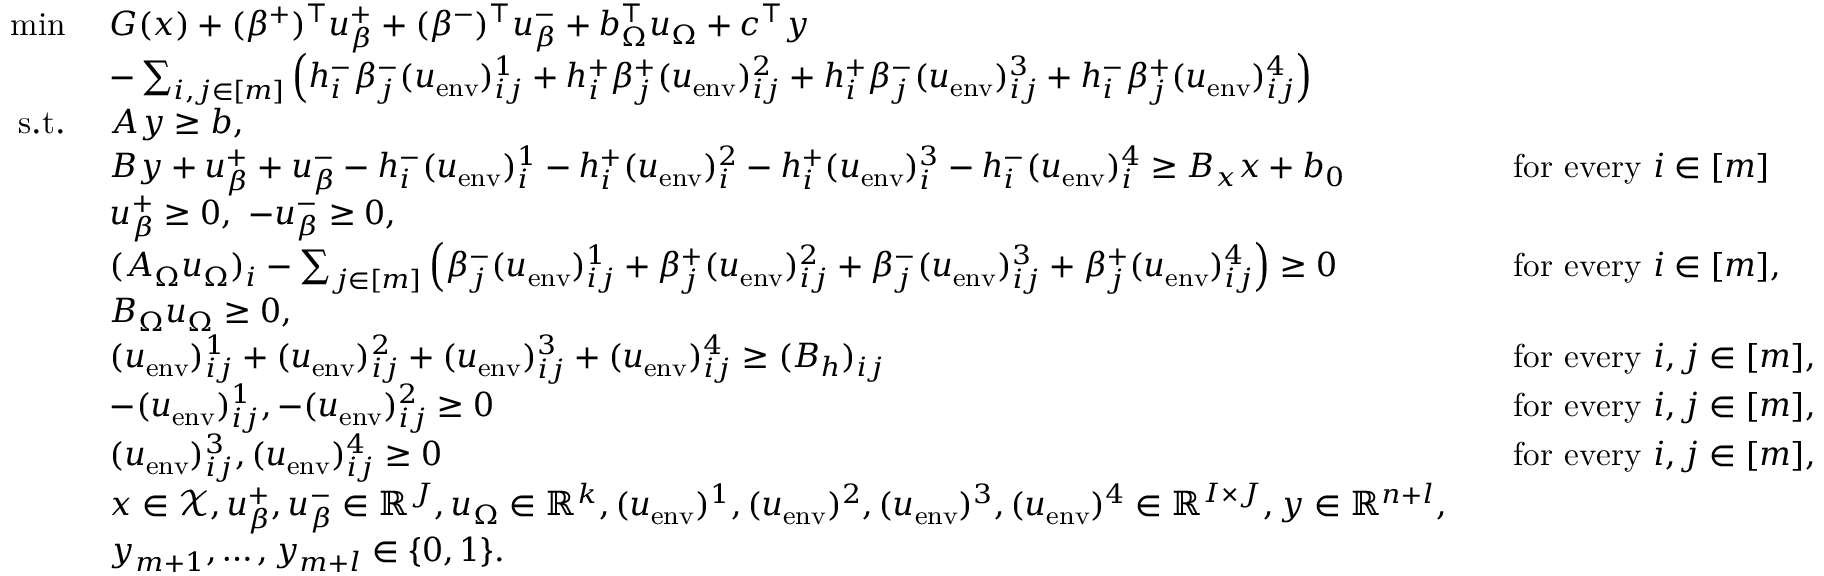
\begin{array} { r l r l } { \operatorname* { m i n } \ } & { G ( x ) + ( \beta ^ { + } ) ^ { \top } u _ { \beta } ^ { + } + ( \beta ^ { - } ) ^ { \top } u _ { \beta } ^ { - } + b _ { \Omega } ^ { \top } u _ { \Omega } + c ^ { \top } y } \\ & { - \sum _ { i , j \in [ m ] } \left( h _ { i } ^ { - } \beta _ { j } ^ { - } ( u _ { \mathrm { e n v } } ) _ { i j } ^ { 1 } + h _ { i } ^ { + } \beta _ { j } ^ { + } ( u _ { \mathrm { e n v } } ) _ { i j } ^ { 2 } + h _ { i } ^ { + } \beta _ { j } ^ { - } ( u _ { \mathrm { e n v } } ) _ { i j } ^ { 3 } + h _ { i } ^ { - } \beta _ { j } ^ { + } ( u _ { \mathrm { e n v } } ) _ { i j } ^ { 4 } \right) } \\ { \mathrm { s . t . } \ } & { A y \geq b , } \\ & { B y + u _ { \beta } ^ { + } + u _ { \beta } ^ { - } - h _ { i } ^ { - } ( u _ { \mathrm { e n v } } ) _ { i } ^ { 1 } - h _ { i } ^ { + } ( u _ { \mathrm { e n v } } ) _ { i } ^ { 2 } - h _ { i } ^ { + } ( u _ { \mathrm { e n v } } ) _ { i } ^ { 3 } - h _ { i } ^ { - } ( u _ { \mathrm { e n v } } ) _ { i } ^ { 4 } \geq B _ { x } x + b _ { 0 } } & & { \mathrm { f o r ~ e v e r y ~ } i \in [ m ] } \\ & { u _ { \beta } ^ { + } \geq 0 , \ - u _ { \beta } ^ { - } \geq 0 , } \\ & { ( A _ { \Omega } u _ { \Omega } ) _ { i } - \sum _ { j \in [ m ] } \left( \beta _ { j } ^ { - } ( u _ { \mathrm { e n v } } ) _ { i j } ^ { 1 } + \beta _ { j } ^ { + } ( u _ { \mathrm { e n v } } ) _ { i j } ^ { 2 } + \beta _ { j } ^ { - } ( u _ { \mathrm { e n v } } ) _ { i j } ^ { 3 } + \beta _ { j } ^ { + } ( u _ { \mathrm { e n v } } ) _ { i j } ^ { 4 } \right) \geq 0 } & & { \mathrm { f o r ~ e v e r y ~ } i \in [ m ] , } \\ & { B _ { \Omega } u _ { \Omega } \geq 0 , } \\ & { ( u _ { \mathrm { e n v } } ) _ { i j } ^ { 1 } + ( u _ { \mathrm { e n v } } ) _ { i j } ^ { 2 } + ( u _ { \mathrm { e n v } } ) _ { i j } ^ { 3 } + ( u _ { \mathrm { e n v } } ) _ { i j } ^ { 4 } \geq ( B _ { h } ) _ { i j } } & & { \mathrm { f o r ~ e v e r y ~ } i , j \in [ m ] , } \\ & { - ( u _ { \mathrm { e n v } } ) _ { i j } ^ { 1 } , - ( u _ { \mathrm { e n v } } ) _ { i j } ^ { 2 } \geq 0 } & & { \mathrm { f o r ~ e v e r y ~ } i , j \in [ m ] , } \\ & { ( u _ { \mathrm { e n v } } ) _ { i j } ^ { 3 } , ( u _ { \mathrm { e n v } } ) _ { i j } ^ { 4 } \geq 0 } & & { \mathrm { f o r ~ e v e r y ~ } i , j \in [ m ] , } \\ & { x \in \mathcal { X } , u _ { \beta } ^ { + } , u _ { \beta } ^ { - } \in \mathbb { R } ^ { J } , u _ { \Omega } \in \mathbb { R } ^ { k } , ( u _ { \mathrm { e n v } } ) ^ { 1 } , ( u _ { \mathrm { e n v } } ) ^ { 2 } , ( u _ { \mathrm { e n v } } ) ^ { 3 } , ( u _ { \mathrm { e n v } } ) ^ { 4 } \in \mathbb { R } ^ { I \times J } , y \in \mathbb { R } ^ { n + l } , } \\ & { y _ { m + 1 } , \ldots , y _ { m + l } \in \{ 0 , 1 \} . } \end{array}